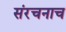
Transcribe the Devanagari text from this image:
संरचनाच